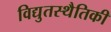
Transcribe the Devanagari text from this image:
विद्युतस्थैतिकी